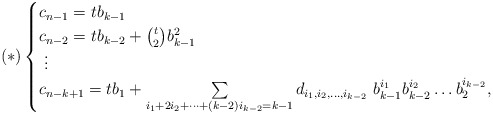
\begin{align*}(*)\begin{cases} c_{n-1}=t b_{k-1} \\ c_{n-2}=tb_{k-2}+{t \choose 2}b_{k-1}^2 \\ \ \vdots \\ c_{n-k+1}=tb_{1}+\sum\limits_{i_1+2i_2+\cdots+(k-2)i_{k-2}=k-1}^{} d_{i_1, i_2, \ldots, i_{k-2}}\ b_{k-1}^{i_1}b_{k-2}^{i_2}\ldots b_{2}^{i_{k-2}},\end{cases}\end{align*}